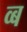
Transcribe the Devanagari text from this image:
व्ब